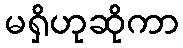
မရှိဟုဆိုကာ